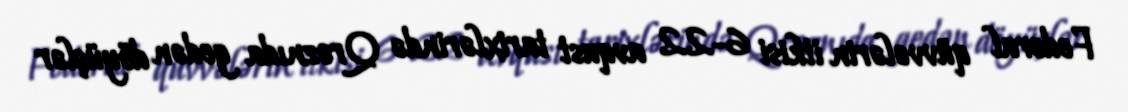
Federal qüvvələrin itkisi 6-22 avqust tarixlərində Qroznıda gedən döyüşlər